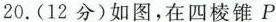
20.(12分)如图，在四棱锥P